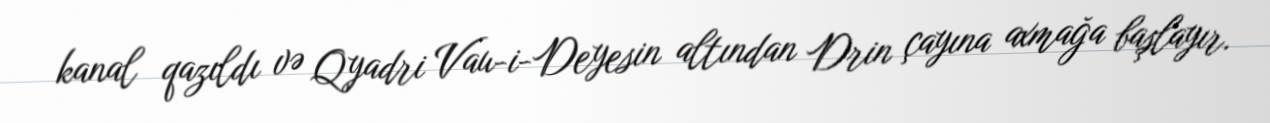
kanal qazıldı və Qyadri Vau-i-Deyesin altından Drin çayına axmağa başlayır.